Memorandum on the prevention of leprosy by segregation of the affected
Disease focus: Leprosy
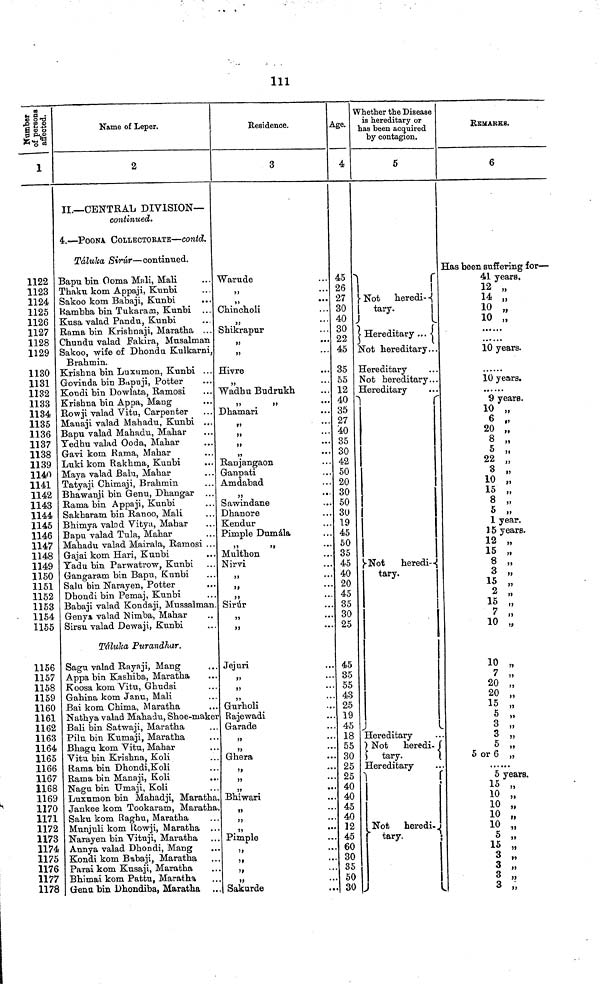
III
a
Number of persons afiected
1
1122
1123
1124
1125
1126
1127
1128
1129
1130
1131
1132
1133
1134
1135
1136
1137
1138
1139
1140
1141
1142
1143
1144
1145
1146
1147
1148
1149
1150
1151
1152
1153
1154
1155
1156
1157
1158
1159
1160
1161
1162
1163
1164
1165
1166
1167
1168
1169
1170
1171
1172
1173
1174
1175
1176
1177
1178
Name of Leper.
2
II.—CENTRAL DIVISION—
continued.
4.—POONA CoLLECTORATE—contd.
Táluka Sirúr—continued.
Bapu bin Ooma Mali, Mali
Thaku kom Appaji, Kunbi
Sakoo kom. Babaji, Kunbi
...
Rambha bin Tukarazn, Kunbi ...
Kusa valad Pandu, Kunbi
Rama bin Krishnaji, Maratha ...
Chundu valad Fakira, Musalman
Sakoo, wife of Dhondu Kulkarni,
Brahmin.
Krishna bin Luxnmon, Kunbi ...
Govinda bin Bapuji, Potter
Kondi bin Dowlata, Ramosi
Krishna bin Appa, Mang
Rowji valad Vitu, Carpenter
Manaji valad Mahadu, Kunbi ...
Bapu valad Mahadu, Mahar
Yedhu valad Ooda, Mahar
Gavi kom Rama, Mahar
Luki kom Rakhma, Kunbi
Maya valad Balu, Mahar
Tatyaji Chimaji, Brahmin
Bhawanji bin Genu, Dhangar
Rama bin Appaji, Kunbi
Sakharam bin Ranoo, Mali
Bhimya valad Vitya, Mahar
Bapu valad Tula, Mahar
Mahadu valad Mairala, Ramosi ...
Gajai kom Hari, Kunbi
Tadu bin Parwatrow, Kunbi
Gangaram bin Bapu, Kunbi
Sahi bin Narayen, Potter
Dhondi bin Pemaj, Kunbi
Babaji valad Kondaji, Mussalman.
Genya valad Nimba, Mahar
Sirsu valad Dewaji, Kunbi
Tâluha Purandhar.
Sagu valad Rayaji, Mang
Appa bin Kashiba, Maratha
Koosa kom Vitu, Ghudsi
Gahina kom Janu, Mali
Bai kom Chima, Maratha
Nathya valad Mahadu, Shoe-maker
Bali bin Satwaji, Maratha
Pilu bin Kumaji, Maratha
Bhagu kom Vitu, Mahar
Vitu bin Krishna, Koli
Rama bin Dhondi,Koli
Rama bin Manaji, Koli
Naga bin Umaji, Koli
Luxumon bin Mahadji, Maratha.
Jankee kom Tookaram, Maratha.
Saku kom Raghu, Maratha
Munjuli kom Rowji, Maratha
Narayen bin Vituji, Maratha
Annya valad Dhondi, Mang
Kondi kom Babaji, Maratha
Parai kom Kusaji, Maratha
Bliimai kom Pattu, Maratha
Gena bin Dhondiba, Maratha ...
Residence.
3
Warude
»!
•• •
,,
•••
Chincholi
Shikrapur
Hivre
...
Wadhu Budrukh
Dhamari
f 9
" * *
Ranjangaon
Ganpati
Amdabad
Sawindane
Dhanore
Kendur
Pimple Dumála
Multhon
Nirvi
Sirúr
»
Jejuri
Gurholi
Rajewadi
Garade
Ghera
!»
•••
>,
...
Bhiwari
Pimple
Sakurde
Age.
4
45
26
27
30
40
30
22
45
35
55
12
40
35
27
40
35
30
42
50
20
30
50
30
19
45
50
35
45
40
20
45
35
30
25
45
35
55
43
25
19
45
18
55
30
25
25
40
40
45
40
12
45
60
30
35
50
30
Whether the Disease
is hereditary or
has been acquired
by contagion.
5
Not heredi-
tary.
|
Hereditary ...
Not hereditary...
Hereditary
Not hereditary...
Hereditary
Not
heredi-
tary.
Hereditary
Not
heredi.
tary.
Hereditary
Not heredi-
tary.
;
REMARKS.
6
Has been suffering for—
41 years.
12
14
10
10
10 years.
10 years.
9 years.
10 „
6 „
20 „
8 „
22 „
3 „
10 „
15 „
8 „
77
1 year.
15 years.
12 „ 7
15 ,,
8 ,,
3 ,,
15 „
2
15
7
10 „
10 „
7 „
20
20
15 ,
5
3 „
3 „
5
5 „
5 or 6 „
5 years«
15 „
10 „
10 „
10 „
10
5
15 „
3 „
3
3
3